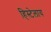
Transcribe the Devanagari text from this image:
हिस्टेलाय